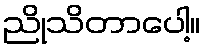
ညိုသိတာပေါ့။